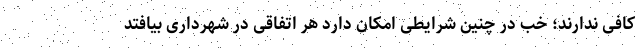
کافی ندارند؛ خب در چنین شرایطی امکان دارد هر اتفاقی در شهرداری بیافتد